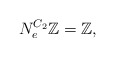
\begin{align*}N_{e}^{C_{2}}\mathbb Z=\mathbb Z,\end{align*}